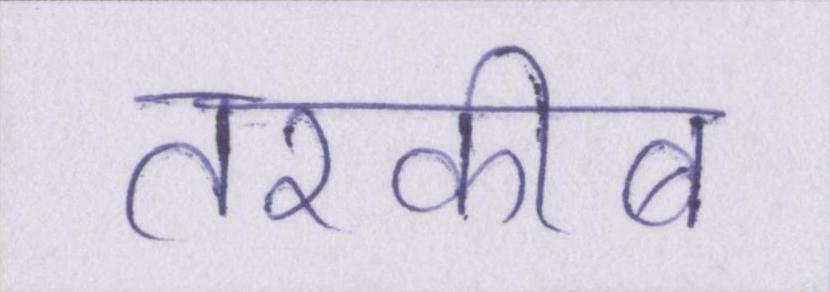
तरकीब